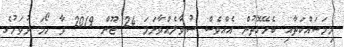
މިމަސައްކަތާއި ބެހޭގޮތުން އެއްވެސް ސުވާލެއްވާނަމަ 24 ޖޫން 2019 ވާ ހޯމަ ދުވަހުގެ